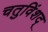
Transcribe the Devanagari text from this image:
चतुविंशद्